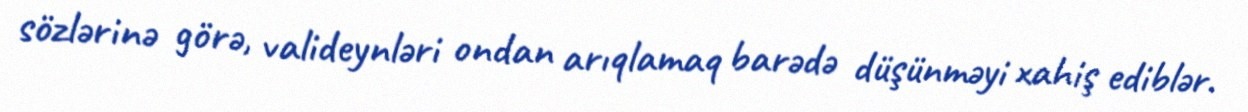
sözlərinə görə, valideynləri ondan arıqlamaq barədə düşünməyi xahiş ediblər.